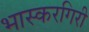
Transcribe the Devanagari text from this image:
भास्करगिरी